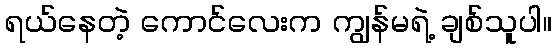
ရယ်နေတဲ့ ကောင်လေးက ကျွန်မရဲ့ ချစ်သူပါ။